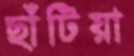
ছাঁটিয়া